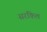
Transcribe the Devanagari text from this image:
सरकिल